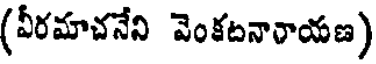
(వీరమాచనేని వెంకటనారాయణ)